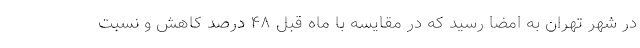
در شهر تهران به امضا رسید که در مقایسه با ماه قبل ۴۸ درصد کاهش و نسبت